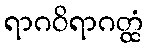
ရာဂဝိရာဂတ္ထံ